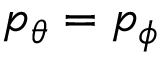
p _ { \theta } = p _ { \phi }